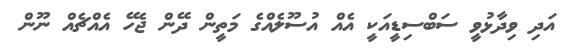
އަދި ވިދާޅުވީ ސަބްސިޑީއަކީ އެއް އުސޫލެއްގެ މަތީން ދޭން ޖެހޭ އެއްޗެއް ނޫން